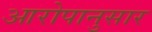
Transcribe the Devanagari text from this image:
आरोपानुसार